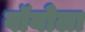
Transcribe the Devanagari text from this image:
वॉयोला